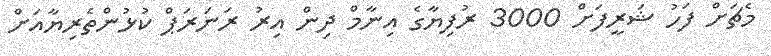
މެޗަށް ފަހު ޝަރީފަށް 3000 ރުފިޔާގެ އިނާމް ދިން އިރު ރަނަރަޕް ކުޅުންތެރިޔާއަށް